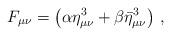
LaTeX: \begin{align*}F_{\mu \nu} = \left( \alpha \eta^3_{\mu \nu} + \beta \bar \eta^3_{\mu \nu}\right) \, ,\end{align*}